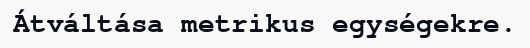
Átváltása metrikus egységekre.